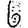
Digit: 6